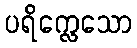
ပရိက္လေသော